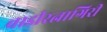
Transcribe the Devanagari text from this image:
वाडीरत्नागिरी